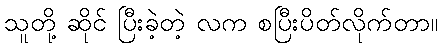
သူတို့ ဆိုင် ပြီးခဲ့တဲ့ လက စပြီးပိတ်လိုက်တာ။